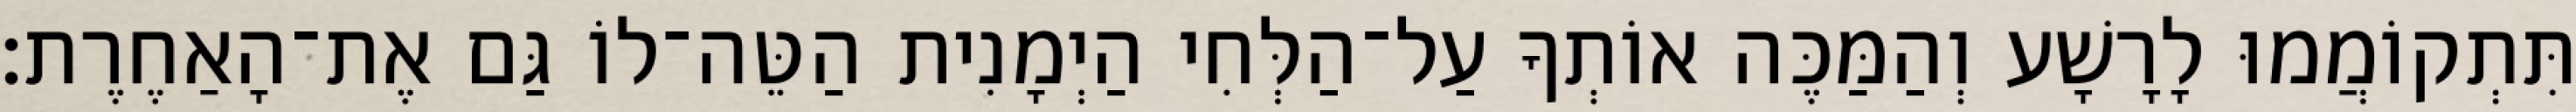
תִּתְקוֹמֲמוּ לָרָשָׁע וְהַמַּכֶּה אוֹתְךָ עַל־הַלְּחִי הַיְמָנִית הַטֵּה־לוֹ גַּם אֶת־הָאַחֶרֶת׃